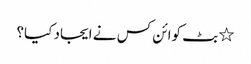
٭ بٹ کوائن کس نے ایجاد کیا؟